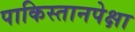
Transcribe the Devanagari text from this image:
पाकिस्तानपेक्षा